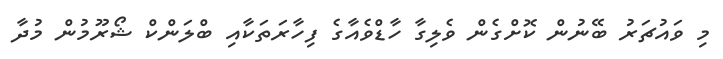
މި ވައުޗަރު ބޭނުން ކޮށްގެން ވެލިގާ ހާޑްވެއާގެ ފިހާރަތަކާއި ބްލަންކް ޝޯރޫމުން މުދާ